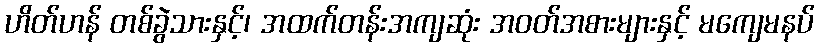
ဟိတ်ဟန် တစ်ခွဲသားနှင့်၊ အထက်တန်းအကျဆုံး အဝတ်အစားများနှင့် မကျေမနပ်